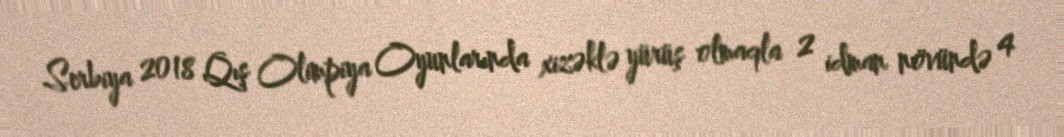
Serbiya 2018 Qış Olimpiya Oyunlarında xizəklə yürüş olmaqla 2 idman növündə 4